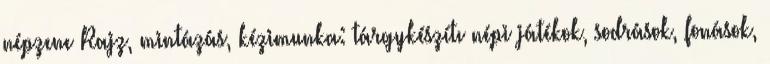
népzene Rajz, mintázás, kézimunka: tárgykészítı népi játékok, sodrások, fonások,